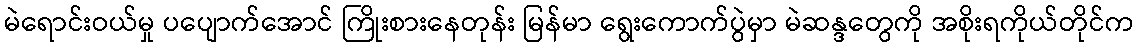
မဲရောင်းဝယ်မှု ပပျောက်အောင် ကြိုးစားနေတုန်း မြန်မာ ရွေးကောက်ပွဲမှာ မဲဆန္ဒတွေကို အစိုးရကိုယ်တိုင်က